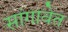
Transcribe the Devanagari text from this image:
सांगावेत